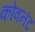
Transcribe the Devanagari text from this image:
कोवनंट